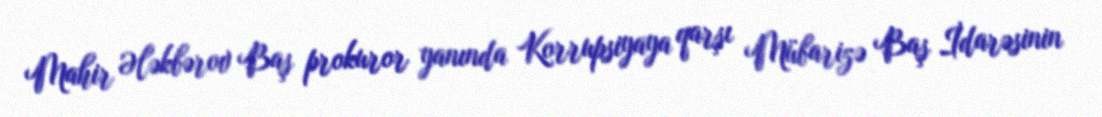
Mahir Ələkbərov Baş prokuror yanında Korrupsiyaya qarşı Mübarizə Baş İdarəsinin